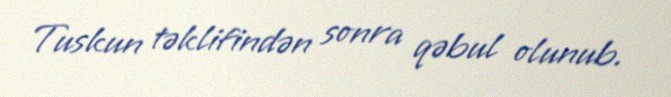
Tuskun təklifindən sonra qəbul olunub.